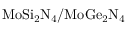
\mathrm { M o S i _ { 2 } N _ { 4 } / M o G e _ { 2 } N _ { 4 } }